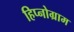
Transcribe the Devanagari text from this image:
हिप्नोग्राम